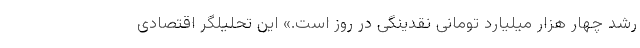
رشد چهار هزار میلیارد تومانی نقدینگی در روز است.» این تحلیلگر اقتصادی